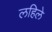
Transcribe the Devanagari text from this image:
लहिले